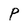
Character: P